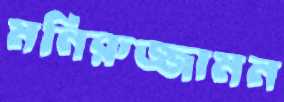
মনিরুজ্জামন